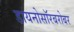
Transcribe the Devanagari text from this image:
डायनोसॉरबरोबर